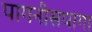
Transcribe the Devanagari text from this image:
पागनीसपागा